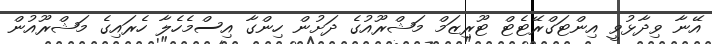
އޭނާ ވިދާޅުވީ އިންޓަގްރޭޓެޓް ޓޫރިޒަމް މަޝްރޫއުގެ ދަށުން ހިންގާ އިސްމެހެލާ ހެރައިގެ މަޝްރޫއުން